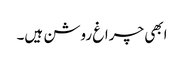
ابھی چراغ روشن ہیں۔